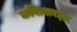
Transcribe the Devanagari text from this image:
कवित्वाबद्दल